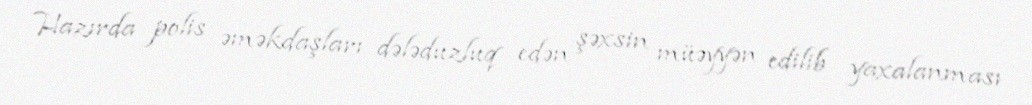
Hazırda polis əməkdaşları dələduzluq edən şəxsin müəyyən edilib yaxalanması